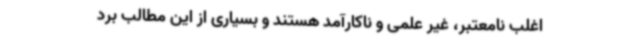
اغلب نامعتبر، غیر علمی و ناکارآمد هستند و بسیاری از این مطالب برد